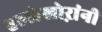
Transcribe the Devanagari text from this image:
हल्लेखोऱांनी